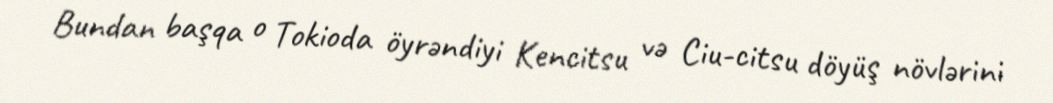
Bundan başqa o Tokioda öyrəndiyi Kencitsu və Ciu-citsu döyüş növlərini